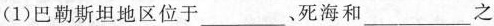
(1)巴勒斯坦地区位于\underline。死海和\underline之